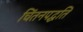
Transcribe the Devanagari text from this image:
चिंतनपद्धति